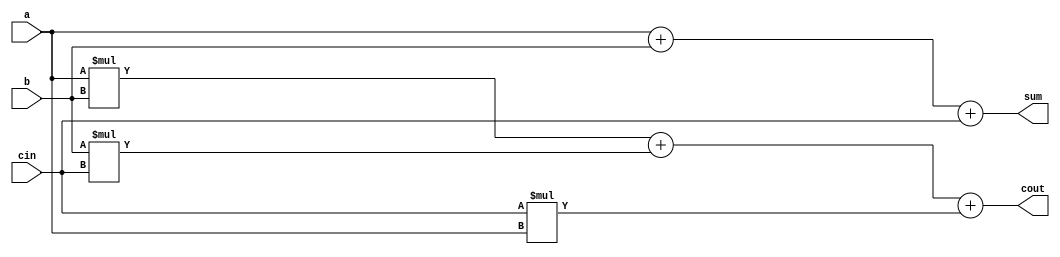
`timescale 1ns / 1ps
//////////////////////////////////////////////////////////////////////////////////
// Company: 
// Engineer: 
// 
// Design Name: 
// Module Name:    FA 
// Project Name: 
// Target Devices: 
// Tool versions: 
// Description: 
//
// Dependencies: 
//
// Revision: 
// Revision 0.01 - File Created
// Additional Comments: 
//
//////////////////////////////////////////////////////////////////////////////////
module FA(a,b,cin,sum,cout);

	// a,b,cin are the three inputs
	input a,b,cin; 
	
	// sum,cout	are the two outputs				
	output sum,cout;
	
	// assigning values to sum and cout by appropriate logic
	assign sum = a+b+cin;
	assign cout = a*b+b*cin+cin*a;
	
endmodule